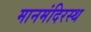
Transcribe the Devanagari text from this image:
मानमंदिरस्थ